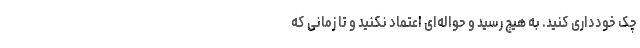
چک خودداری کنید. به هیچ رسید و حواله‌ای اعتماد نکنید و تا زمانی که